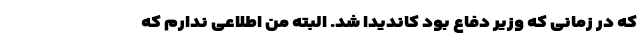
که در زمانی که وزیر دفاع بود کاندیدا شد. البته من اطلاعی ندارم که